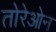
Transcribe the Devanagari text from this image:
तोरेओन